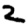
Digit: 2